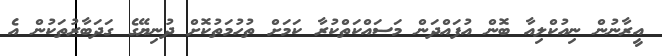
އީރާނުން ނިއުކްލިއާ ބޮން އުފައްދަން މަސައްކަތްކުރާ ކަމަށް ތުހުމަތުކޮށް ދުނިޔޭގެ ގަދަބާރުތަކުން އެ